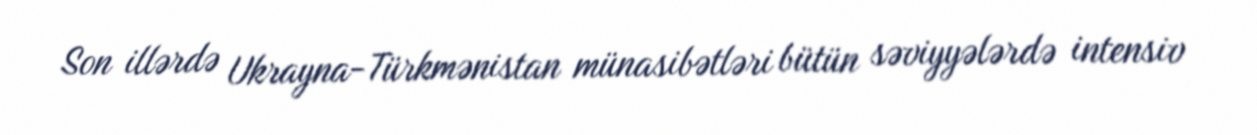
Son illərdə Ukrayna-Türkmənistan münasibətləri bütün səviyyələrdə intensiv